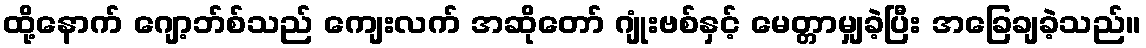
ထို့နောက် ဂျော့ဘ်စ်သည် ကျေးလက် အဆိုတော် ဂျုံးဗစ်နှင့် မေတ္တာမျှခဲ့ပြီး အခြေချခဲ့သည်။